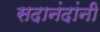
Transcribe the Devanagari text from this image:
सदानंदांनी